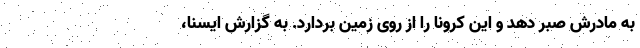
به مادرش صبر دهد و این کرونا را از روی زمین بردارد. به گزارش ایسنا،